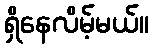
ရှိနေလိမ့်မယ်။